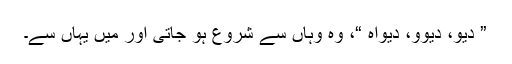
” دیو، دیوو، دیواہ “، وہ وہاں سے شروع ہو جاتی اور میں یہاں سے۔